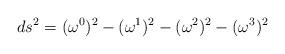
\begin{align*}ds^{2}=({\omega}^{0})^{2}-({\omega}^{1})^{2}-({\omega}^{2})^{2}-({\omega}^{3})^{2}\end{align*}